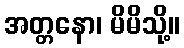
အတ္တနော၊ မိမိသို့။